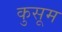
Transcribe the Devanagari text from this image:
कुसूम